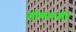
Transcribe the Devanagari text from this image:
लोकरूढीत